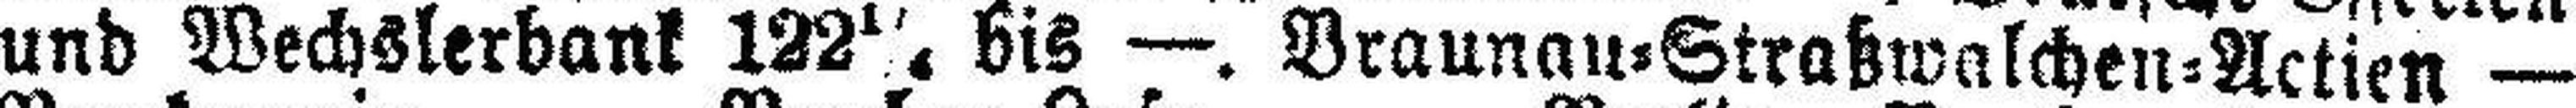
und Wechslerbank 122¼ bis —. Vraunau=Straßwalchen=Actien —.